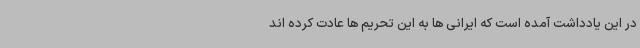
در این یادداشت آمده است که ایرانی ها به این تحریم ها عادت کرده اند